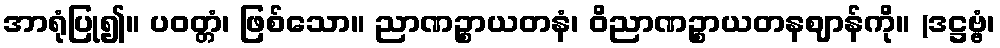
အာရုံပြု၍။ ပဝတ္တံ၊ ဖြစ်သော။ ညာဏဉ္စာယတနံ၊ ဝိညာဏဉ္စာယတနဈာန်ကို။ (ဒဋ္ဌဗ္ဗံ၊